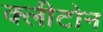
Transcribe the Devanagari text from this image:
क्‍लीटोन